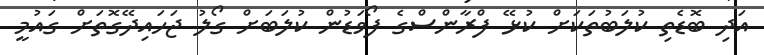
އަދި ބޮޑެތި ކުލަބުތަކަށް ކުޅޭ ފްރާންސްގެ ފޯވަޑުން ކުލަބަށް ގޯލު ޖަހައިދޭގޮތަށް ގައުމީ